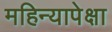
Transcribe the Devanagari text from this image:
महिन्यापेक्षा